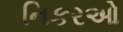
નિકરઓ